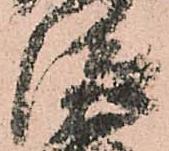
従